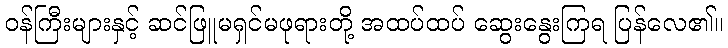
ဝန်ကြီးများနှင့် ဆင်ဖြူမရှင်မဖုရားတို့ အထပ်ထပ် ဆွေးနွေးကြရ ပြန်လေ၏။